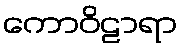
ကောဝိဠာရာ